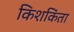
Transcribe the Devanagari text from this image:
किशकिंता